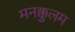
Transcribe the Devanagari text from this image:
मनक्कुलम